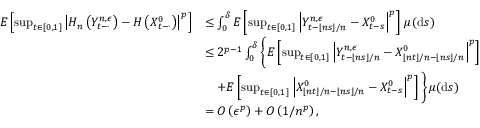
\begin{array} { r l } { E \left[ \operatorname* { s u p } _ { t \in [ 0 , 1 ] } \left| H _ { n } \left( Y _ { t - \cdot } ^ { n , \epsilon } \right) - H \left( X _ { t - \cdot } ^ { 0 } \right) \right| ^ { p } \right] } & { \leq \int _ { 0 } ^ { \delta } E \left[ \operatorname* { s u p } _ { t \in [ 0 , 1 ] } \left| Y _ { t - \lfloor n s \rfloor / n } ^ { n , \epsilon } - X _ { t - s } ^ { 0 } \right| ^ { p } \right] \, \mu ( \mathrm { d } s ) } \\ & { \leq 2 ^ { p - 1 } \int _ { 0 } ^ { \delta } \Bigg \{ E \left[ \operatorname* { s u p } _ { t \in [ 0 , 1 ] } \left| Y _ { t - \lfloor n s \rfloor / n } ^ { n , \epsilon } - X _ { \lfloor n t \rfloor / n - \lfloor n s \rfloor / n } ^ { 0 } \right| ^ { p } \right] } \\ & { \quad + E \left[ \operatorname* { s u p } _ { t \in [ 0 , 1 ] } \left| X _ { \lfloor n t \rfloor / n - \lfloor n s \rfloor / n } ^ { 0 } - X _ { t - s } ^ { 0 } \right| ^ { p } \right] \Bigg \} \, \mu ( \mathrm { d } s ) } \\ & { = O \left( \epsilon ^ { p } \right) + O \left( 1 / n ^ { p } \right) , } \end{array}